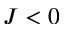
J < 0